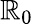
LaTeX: \mathbb{R}_{0}